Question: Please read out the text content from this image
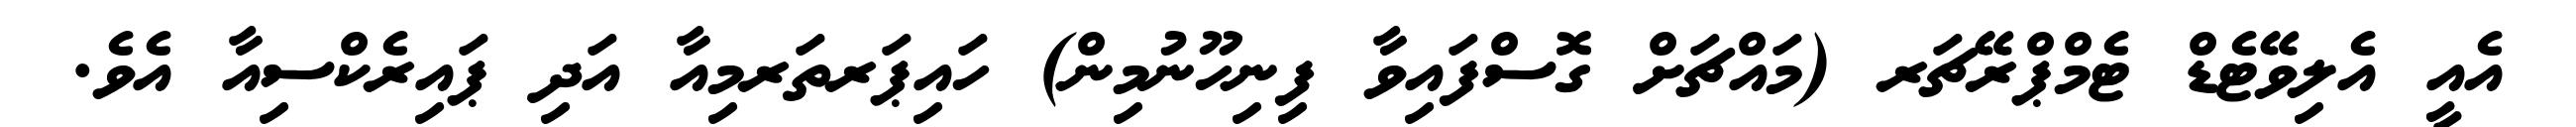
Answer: އެއީ އެލިވޭޓެޑް ޓެމްޕްރޭޗަރ (މައްޗަށް ގޮސްފައިވާ ފިނިހޫނުމިން) ހައިޕަރތަރމިއާ އަދި ޕައިރެކްސިއާ އެވެ.